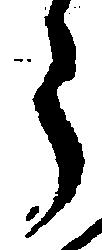
う